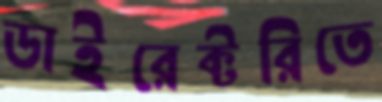
ডাইরেক্টরিতে